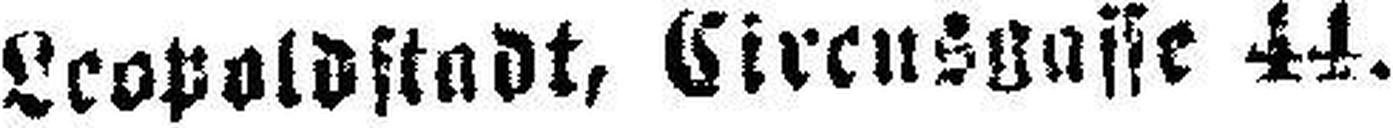
Leopoldstadt, Circusgasse 44.